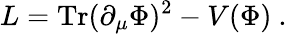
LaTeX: L=\mathrm{Tr}(\partial_{\mu}\Phi)^{2}-V(\Phi)\ .